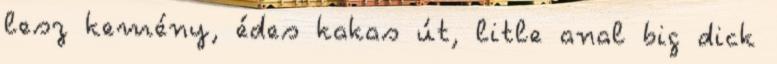
lesz kemény, édes kakas út, litle anal big dick